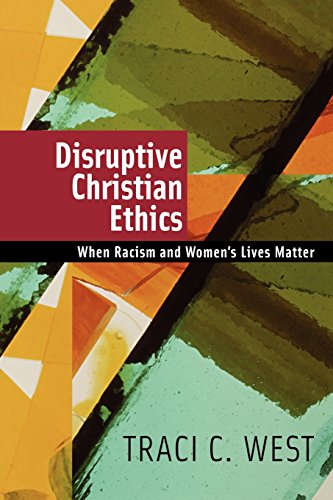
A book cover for Disruptive Christian Ethics: When Racism and Women's Lives Matter; Traci C. West; Christian Books & Bibles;